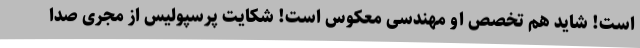
است! شاید هم تخصص او مهندسی معکوس است! شکایت پرسپولیس از مجری صدا